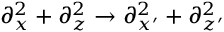
\partial _ { x } ^ { 2 } + \partial _ { z } ^ { 2 } \rightarrow \partial _ { x ^ { \prime } } ^ { 2 } + \partial _ { z ^ { \prime } } ^ { 2 }